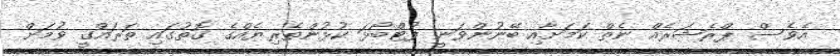
އެވެސް ޕްރެޝަރެއް ނެތް ކަމަށާއި ބޭނުންވަނީ ފުޓްބޯޅަ ކުޅުންތެރިޔެއްގެ ގޮތުގައި ތަރައްގީ ވުމަށް